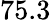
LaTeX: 75.3